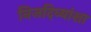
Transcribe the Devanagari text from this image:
निजदिव्यांशा